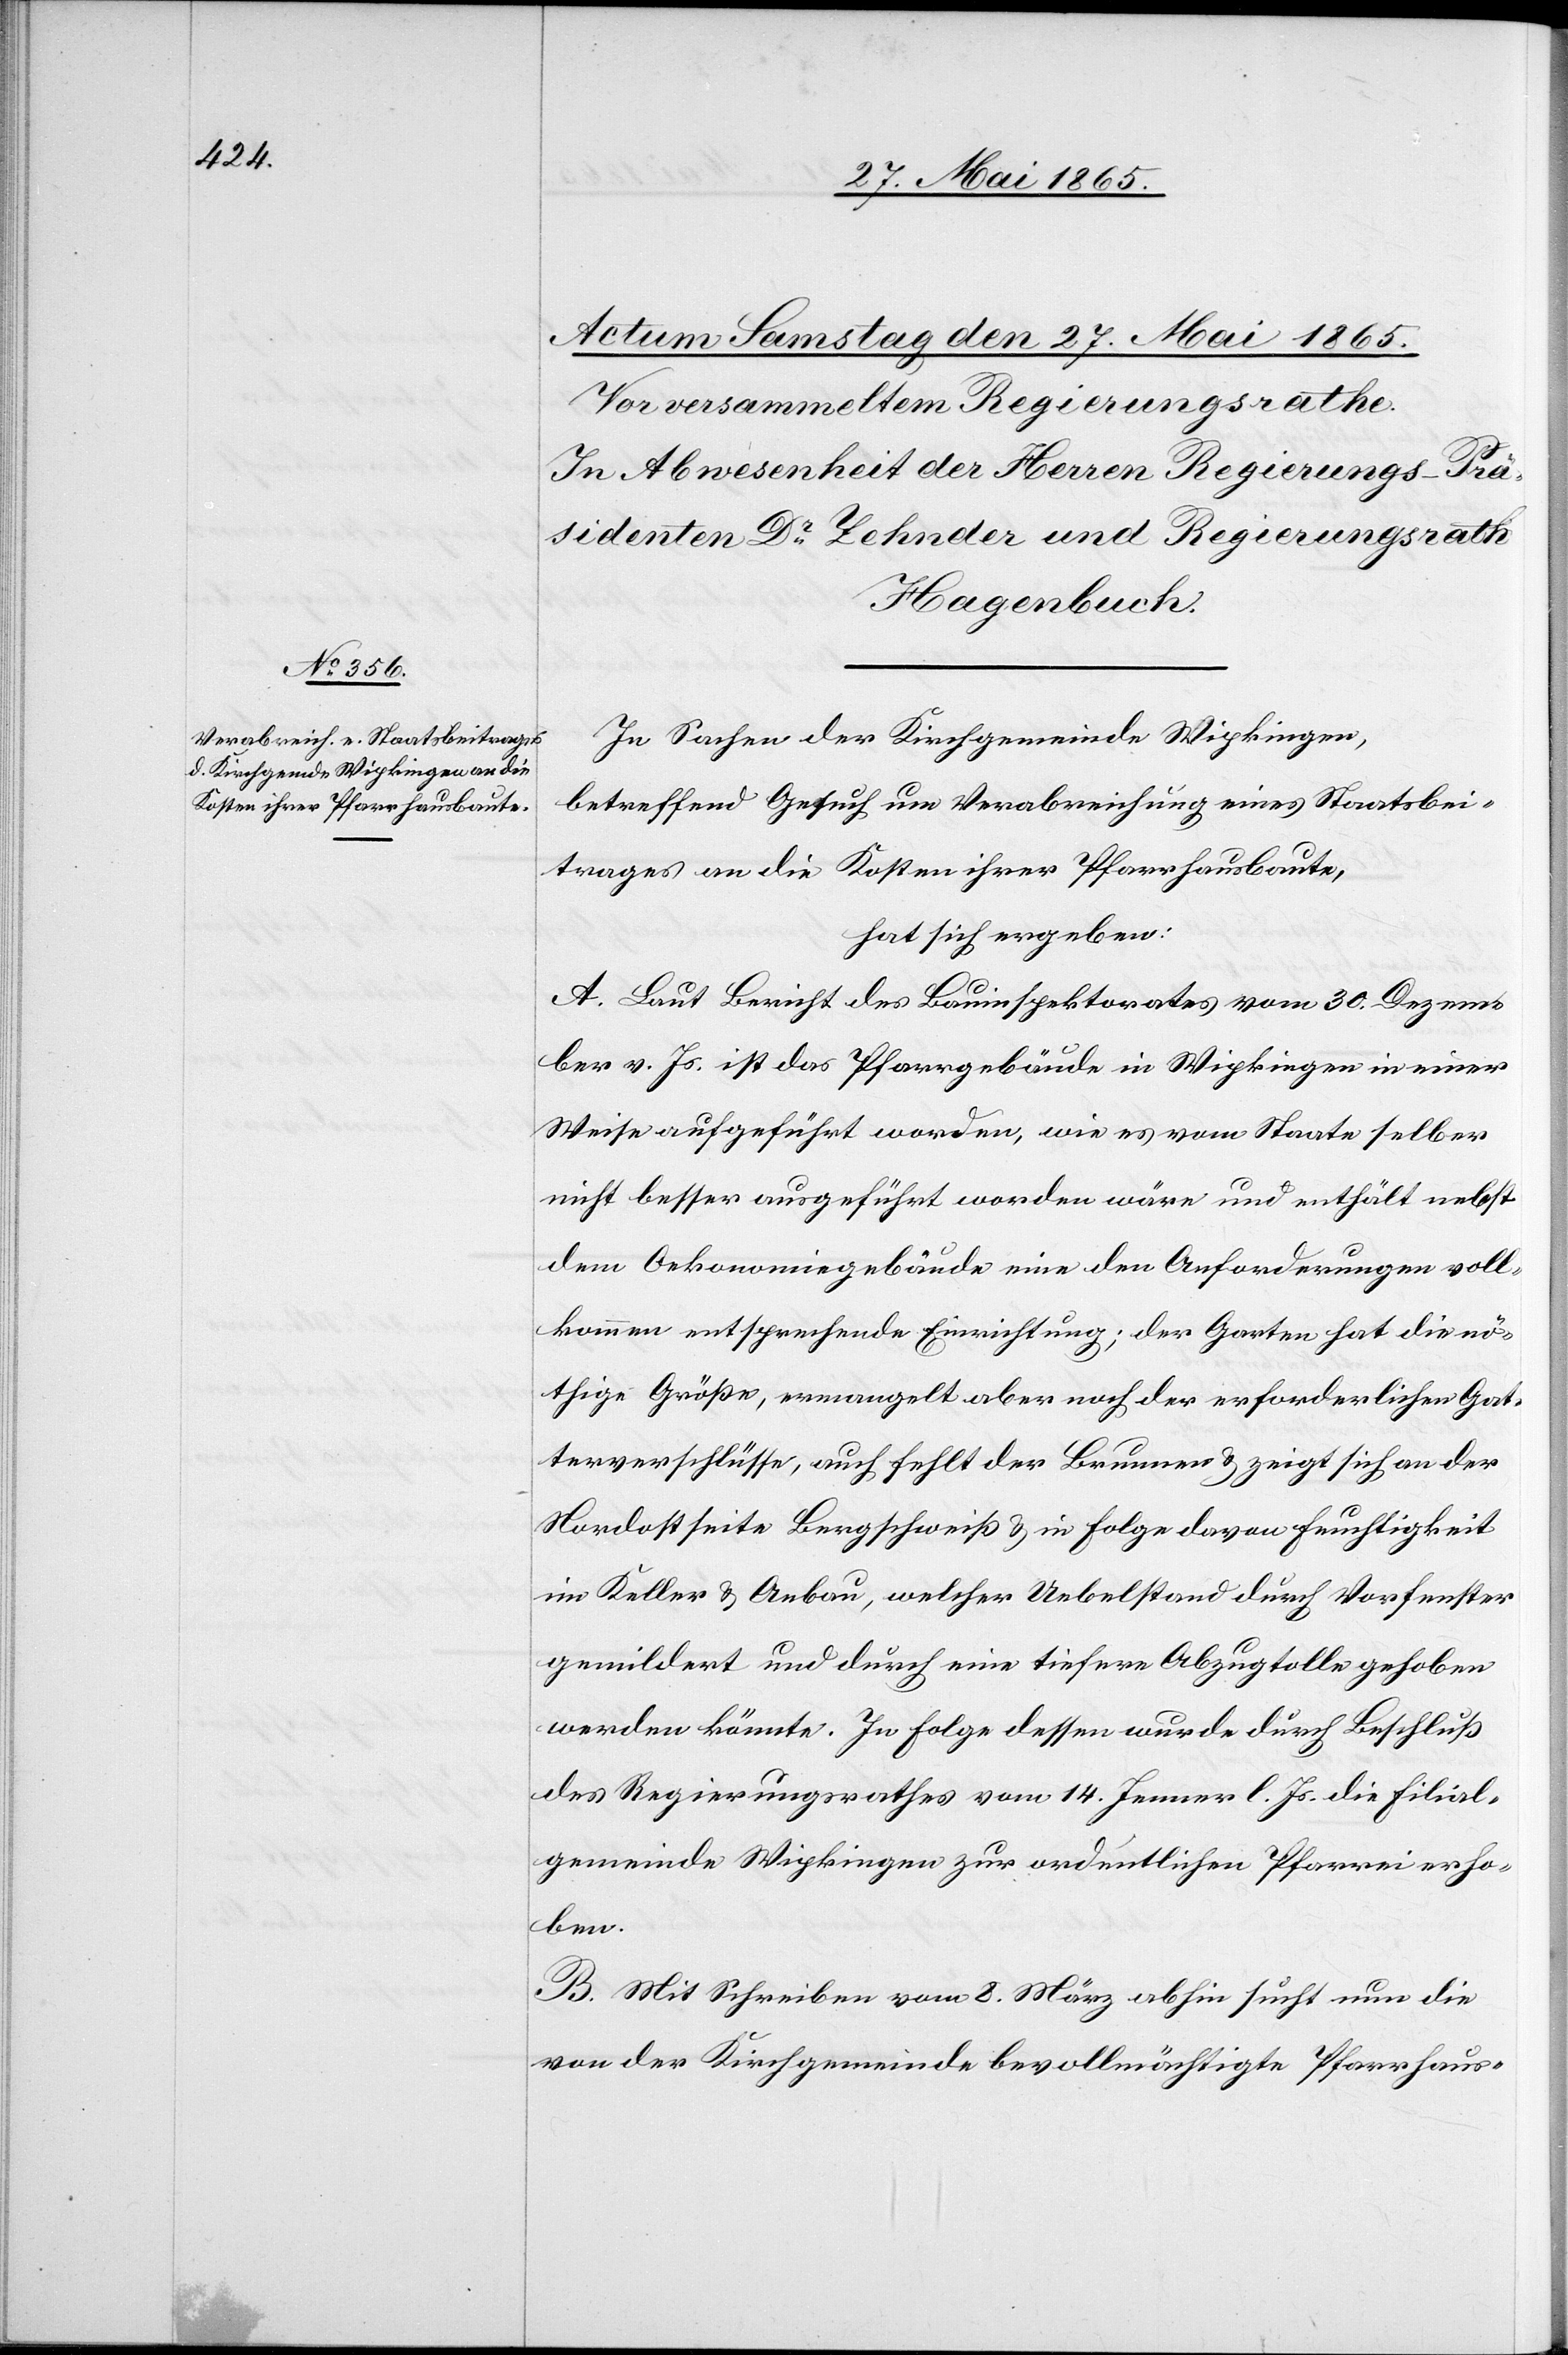
In Sachen der Kirchgemeinde Wipkingen,
betreffend Gesuch um Verabreichung eines Staatsbei¬
trages an die Kosten ihrer Pfarrhausbaute,
hat sich ergeben:
A. Laut Bericht des Bauinspektorates vom 30. Dezem¬
ber v. Js. ist das Pfarrgebäude in Wipkingen in einer
Weise aufgeführt worden, wie es vom Staate selber
nicht besser ausgeführt worden wäre und enthält nebst
dem Oekonomiegebäude eine den Anforderungen voll¬
kommen entsprechende Einrichtung, der Garten hat die nö¬
thige Größe, ermangelt aber noch der erforderlichen Gat¬
terverschlüsse, auch fehlt der Brunnen & zeigt sich an der
Nordostseite Bergschweiß & in Folge davon Feuchtigkeit
im Keller & Anbau, welcher Uebelstand durch Vorfenster
gemildert und durch eine tiefere Abzugtolle gehoben
werden könnte. In Folge dessen wurde durch Beschluß
des Regierungsrathes vom 14. Jenner l. Js. die Filial¬
gemeinde Wipkingen zur ordentlichen Pfarrei erho¬
ben.
B. Mit Schreiben vom 8. März abhin sucht nun die
von der Kirchgemeinde bevollmächtigte Pfarrhaus-